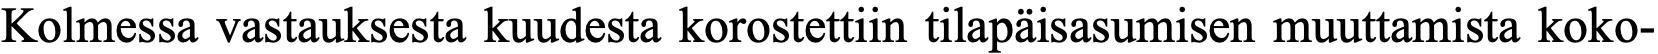
Kolmessa vastauksesta kuudesta korostettiin tilapäisasumisen muuttamista koko-